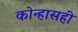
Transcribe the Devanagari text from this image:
कोन्हासही